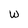
Character: W